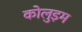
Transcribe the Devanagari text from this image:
कोलुइम